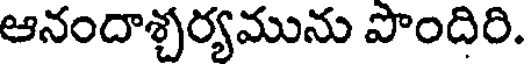
ఆనందాశ్చర్యమును పొందిరి.